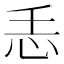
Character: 𢗩